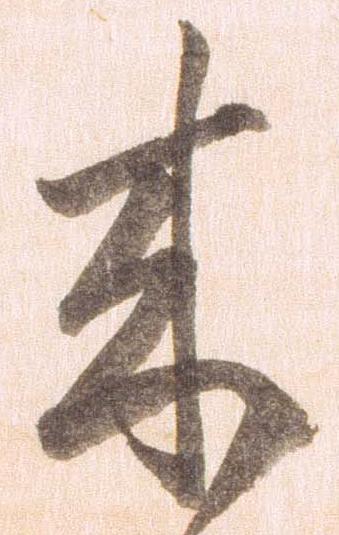
来